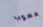
مصوب